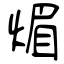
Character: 煝